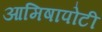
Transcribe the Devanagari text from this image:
आमिषापोटी